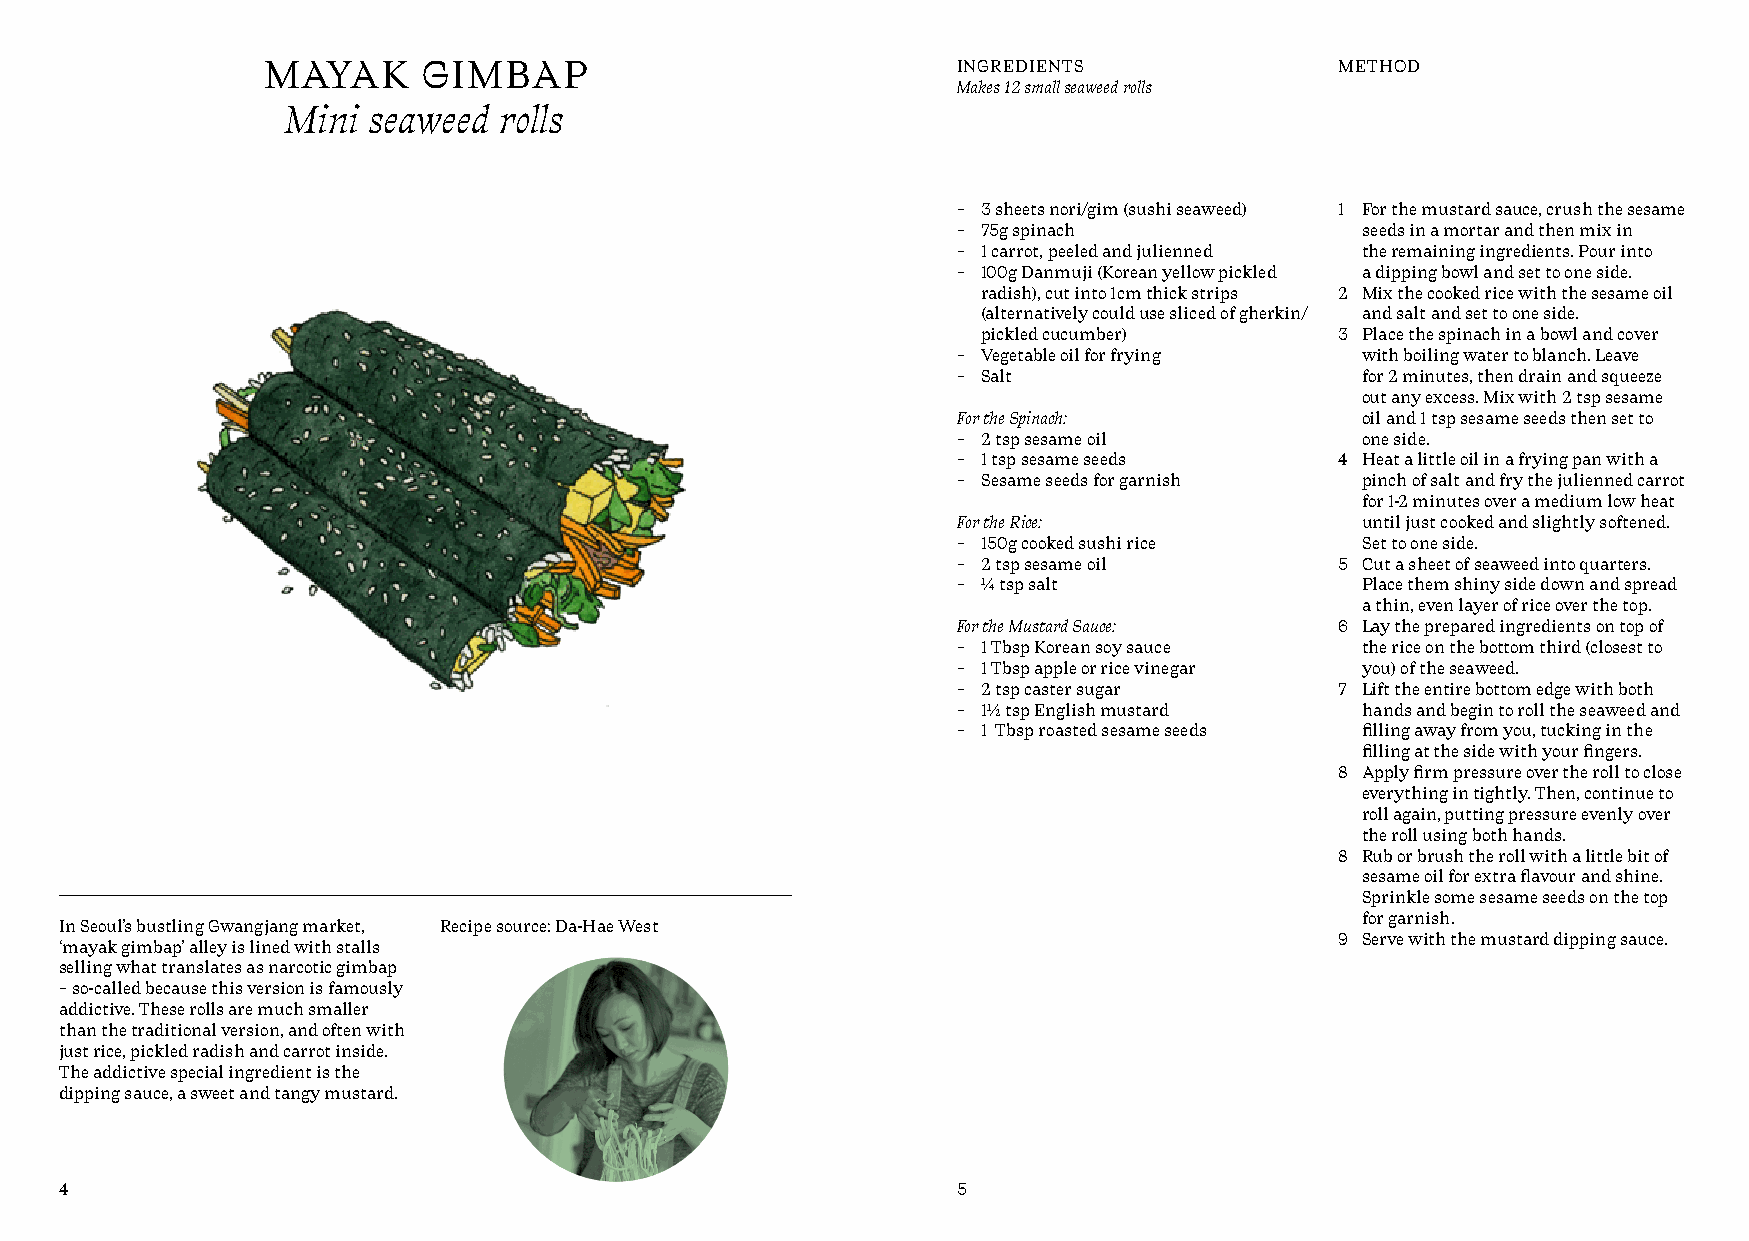
MAYAK      GIMBAP                             INGREDIENTS               METHOD
 Makes 12 small seaweed rolls
 Mini seaweed  rolls
 – 3 sheets nori/gim (sushi seaweed) 1 For the mustard sauce, crush the sesame
 – 75g spinach              seeds in a mortar and then mix in
 – 1 carrot, peeled and julienned the remaining ingredients. Pour into
 – 100g Danmuji (Korean yellow pickled a dipping bowl and set to one side.
 radish), cut into 1cm thick strips 2 Mix the cooked rice with the sesame oil
 (alternatively could use sliced of gherkin/ and salt and set to one side.
 pickled cucumber)       3 Place the spinach in a bowl and cover
 – Vegetable oil for frying with boiling water to blanch. Leave
 – Salt                     for 2 minutes, then drain and squeeze
 out any excess. Mix with 2 tsp sesame
 For the Spinach:           oil and 1 tsp sesame seeds then set to
 – 2 tsp sesame oil         one side.
 – 1 tsp sesame seeds      4 Heat a little oil in a frying pan with a
 – Sesame seeds for garnish pinch of salt and fry the julienned carrot
 for 1-2 minutes over a medium low heat
 For the Rice:              until just cooked and slightly softened.
 – 150g cooked sushi rice   Set to one side.
 – 2 tsp sesame oil        5 Cut a sheet of seaweed into quarters.
 – ¼ tsp salt               Place them shiny side down and spread
 a thin, even layer of rice over the top.
 For the Mustard Sauce:    6 Lay the prepared ingredients on top of
 – 1 Tbsp Korean soy sauce  the rice on the bottom third (closest to
 – 1 Tbsp apple or rice vinegar you) of the seaweed.
 – 2 tsp caster sugar      7 Lift the entire bottom edge with both
 – 1½ tsp English mustard   hands and begin to roll the seaweed and
 – 1 Tbsp roasted sesame seeds filling away from you, tucking in the
 filling at the side with your fingers.
 8 Apply firm pressure over the roll to close
 everything in tightly. Then, continue to
 roll again, putting pressure evenly over
 the roll using both hands.
 8 Rub or brush the roll with a little bit of
 sesame oil for extra flavour and shine.
 Sprinkle some sesame seeds on the top
 for garnish.
 In Seoul’s bustling Gwangjang market, Recipe source: Da-Hae West
 9 Serve with the mustard dipping sauce.
 ‘mayak gimbap’ alley is lined with stalls
 selling what translates as narcotic gimbap
 – so-called because this version is famously
 addictive. These rolls are much smaller
 than the traditional version, and often with
 just rice, pickled radish and carrot inside.
 The addictive special ingredient is the
 dipping sauce, a sweet and tangy mustard.
 4                                                          5